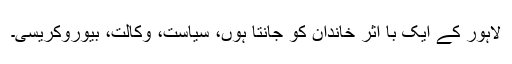
لاہور کے ایک با اثر خاندان کو جانتا ہوں، سیاست، وکالت، بیوروکریسی۔